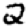
Digit: 2